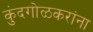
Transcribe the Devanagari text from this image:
कुंदगोळकरांना